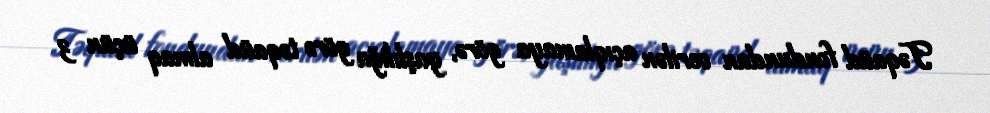
Təqaüd fondundan verilən açıqlamaya görə, yaşlılığa görə təqaüd almaq üçün 3